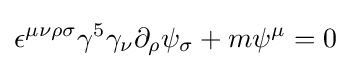
\epsilon ^{\mu \nu \rho \sigma }\gamma ^{5}\gamma _{\nu }\partial _{\rho }\psi _{\sigma }+m\psi ^{\mu }=0